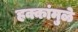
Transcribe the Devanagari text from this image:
हक्कांमुळे